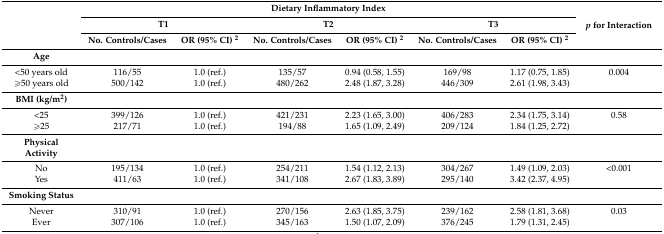
<table><thead><tr><td rowspan="3"></td><td colspan="6"><b>Dietary Inflammatory Index</b></td><td rowspan="3"><b><i>p</i> for Interaction</b></td></tr><tr><td colspan="2"><b>T1</b></td><td colspan="2"><b>T2</b></td><td colspan="2"><b>T3</b></td></tr><tr><td><b>No. Controls/Cases</b></td><td><b>OR (95% CI) <sup>2</sup></b></td><td><b>No. Controls/Cases</b></td><td><b>OR (95% CI) <sup>2</sup></b></td><td><b>No. Controls/Cases</b></td><td><b>OR (95% CI) <sup>2</sup></b></td></tr></thead><tbody><tr><td><b>Age</b></td><td colspan="7"></td></tr><tr><td>&lt;50 years old</td><td>116/55</td><td>1.0 (ref.)</td><td>135/57</td><td>0.94 (0.58, 1.55)</td><td>169/98</td><td>1.17 (0.75, 1.85)</td><td>0.004</td></tr><tr><td>≥50 years old</td><td>500/142</td><td>1.0 (ref.)</td><td>480/262</td><td>2.48 (1.87, 3.28)</td><td>446/309</td><td>2.61 (1.98, 3.43)</td><td></td></tr><tr><td><b>BMI (kg/m<sup>2</sup>)</b></td><td colspan="7"></td></tr><tr><td>&lt;25</td><td>399/126</td><td>1.0 (ref.)</td><td>421/231</td><td>2.23 (1.65, 3.00)</td><td>406/283</td><td>2.34 (1.75, 3.14)</td><td>0.58</td></tr><tr><td>≥25</td><td>217/71</td><td>1.0 (ref.)</td><td>194/88</td><td>1.65 (1.09, 2.49)</td><td>209/124</td><td>1.84 (1.25, 2.72)</td><td></td></tr><tr><td><b>Physical Activity</b></td><td colspan="7"></td></tr><tr><td>No</td><td>195/134</td><td>1.0 (ref.)</td><td>254/211</td><td>1.54 (1.12, 2.13)</td><td>304/267</td><td>1.49 (1.09, 2.03)</td><td>&lt;0.001</td></tr><tr><td>Yes</td><td>411/63</td><td>1.0 (ref.)</td><td>341/108</td><td>2.67 (1.83, 3.89)</td><td>295/140</td><td>3.42 (2.37, 4.95)</td><td></td></tr><tr><td><b>Smoking Status</b></td><td colspan="7"></td></tr><tr><td>Never</td><td>310/91</td><td>1.0 (ref.)</td><td>270/156</td><td>2.63 (1.85, 3.75)</td><td>239/162</td><td>2.58 (1.81, 3.68)</td><td>0.03</td></tr><tr><td>Ever</td><td>307/106</td><td>1.0 (ref.)</td><td>345/163</td><td>1.50 (1.07, 2.09)</td><td>376/245</td><td>1.79 (1.31, 2.45)</td><td></td></tr></tbody></table>